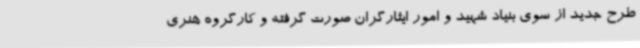
طرح جدید از سوی بنیاد شهید و امور ایثارگران صورت گرفته و کارگروه هنری